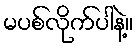
မပစ်လိုက်ပါနဲ့။